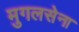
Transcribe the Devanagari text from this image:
मुगलसेना